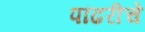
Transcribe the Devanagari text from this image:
पांढरीचे